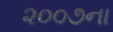
૨૦૦૭ના